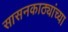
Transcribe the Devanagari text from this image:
सासनकाठ्यांच्या